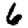
Digit: 6